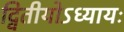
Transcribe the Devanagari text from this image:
द्वितीयोऽध्यायः